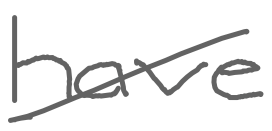
Text: have
Cross-out: diagonal
Writing tool: digital_gray